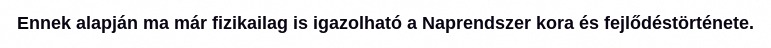
Ennek alapján ma már fizikailag is igazolható a Naprendszer kora és fejlődéstörténete.